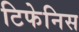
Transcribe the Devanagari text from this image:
टिफेनिस